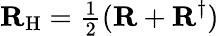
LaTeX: {\mathbf{R}}_{\mathrm{H}}={\textstyle\frac{1}{2}}({\mathbf{R}}+{\mathbf{R}}^{\dagger})